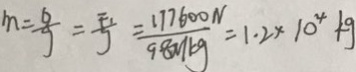
m = \frac { \Delta } { g } = \frac { F _ { 1 } } { g } = \frac { 1 1 7 6 0 0 N } { 9 8 N / k g } = 1 . 2 \times 1 0 ^ { 4 } k g